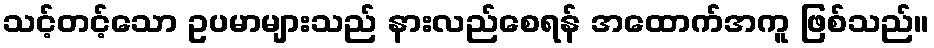
သင့်တင့်သော ဥပမာများသည် နားလည်စေရန် အထောက်အကူ ဖြစ်သည်။